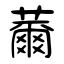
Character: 薾